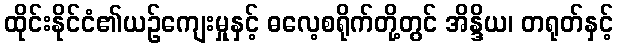
ထိုင်းနိုင်ငံ၏ယဉ်ကျေးမှုနှင့် ဓလေ့စရိုက်တို့တွင် အိန္ဒိယ၊ တရုတ်နှင့်